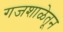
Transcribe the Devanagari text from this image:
गजशाळेतून